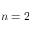
n = 2